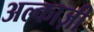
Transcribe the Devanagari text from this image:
अल्काज़ी